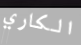
الكاري